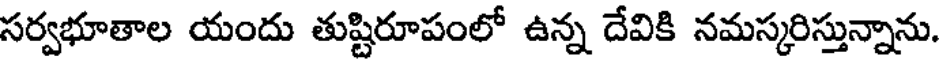
సర్వభూతాల యందు తుష్టిరూపంలో ఉన్న దేవికి నమస్కరిస్తున్నాను.